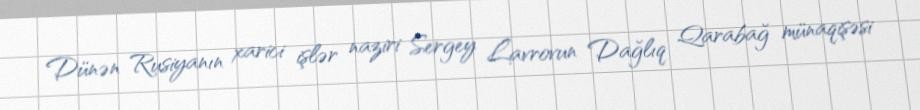
Dünən Rusiyanın xarici işlər naziri Sergey Lavrovun Dağlıq Qarabağ münaqişəsi